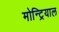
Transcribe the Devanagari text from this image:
मोन्ट्रियाल